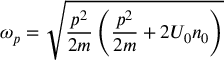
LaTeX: { \omega _ { p } } = { \sqrt { { \frac { p ^ { 2 } } { 2 m } } \left( { { \frac { p ^ { 2 } } { 2 m } } + 2 { U _ { 0 } } { n _ { 0 } } } \right) } }